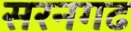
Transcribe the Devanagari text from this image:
सरनगढ